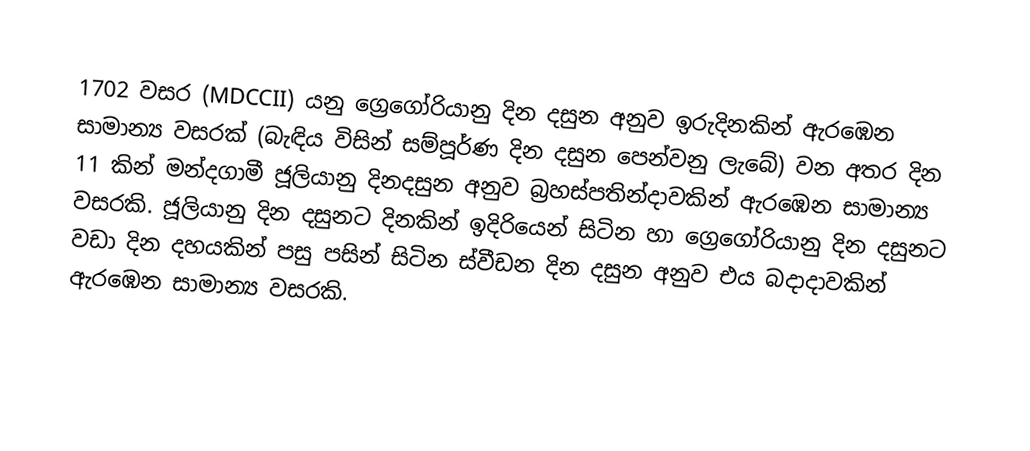

1702 වසර  (MDCCII) යනු  ග්‍රෙගෝරියානු දින දසුන  අනුව  ඉරුදිනකින් ඇරඹෙන සාමාන්‍ය වසරක් (බැඳිය විසින් සම්පූර්ණ දින දසුන පෙන්වනු ලැබේ) වන අතර දින 11 කින් මන්දගාමී ජූලියානු දිනදසුන අනුව   බ්‍රහස්පතින්දාවකින් ඇරඹෙන සාමාන්‍ය වසරකි. ජූලියානු දින දසුනට දිනකින් ඉදිරියෙන් සිටින හා ග්‍රෙගෝරියානු දින දසුනට වඩා දින දහයකින් පසු පසින් සිටින ස්වීඩන දින දසුන අනුව එය  බදාදාවකින් ඇරඹෙන සාමාන්‍ය වසරකි.